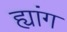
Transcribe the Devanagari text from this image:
ह्यांग